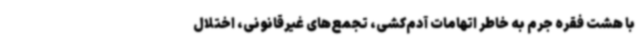
با هشت فقره جرم به خاطر اتهامات آدم‌کشی، تجمع‌های غیرقانونی، اختلال